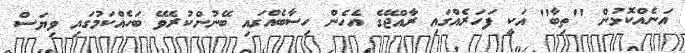
އަނެއްކޮޅުން ''ތިބާ'' އަކީ ފަހަރެއްގައި ރާއްޖޭގެ އެހެން ހިސާބެއްގައި ބޭނުންކުރެވޭ ބަހެއްކަމުގައި ވިޔަސް